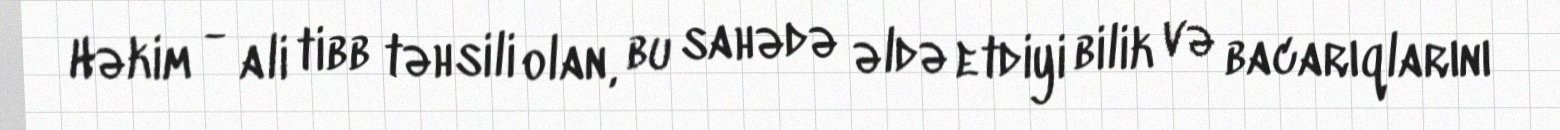
Həkim - ali tibb təhsili olan, bu sahədə əldə etdiyi bilik və bacarıqlarını